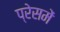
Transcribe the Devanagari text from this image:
प्रेसमें